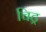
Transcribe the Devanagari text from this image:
चिट्र